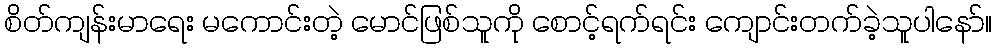
စိတ်ကျန်းမာရေး မကောင်းတဲ့ မောင်ဖြစ်သူကို စောင့်ရက်ရင်း ကျောင်းတက်ခဲ့သူပါနော်။